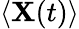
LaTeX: \langle\mathbf{X}(t)\rangle